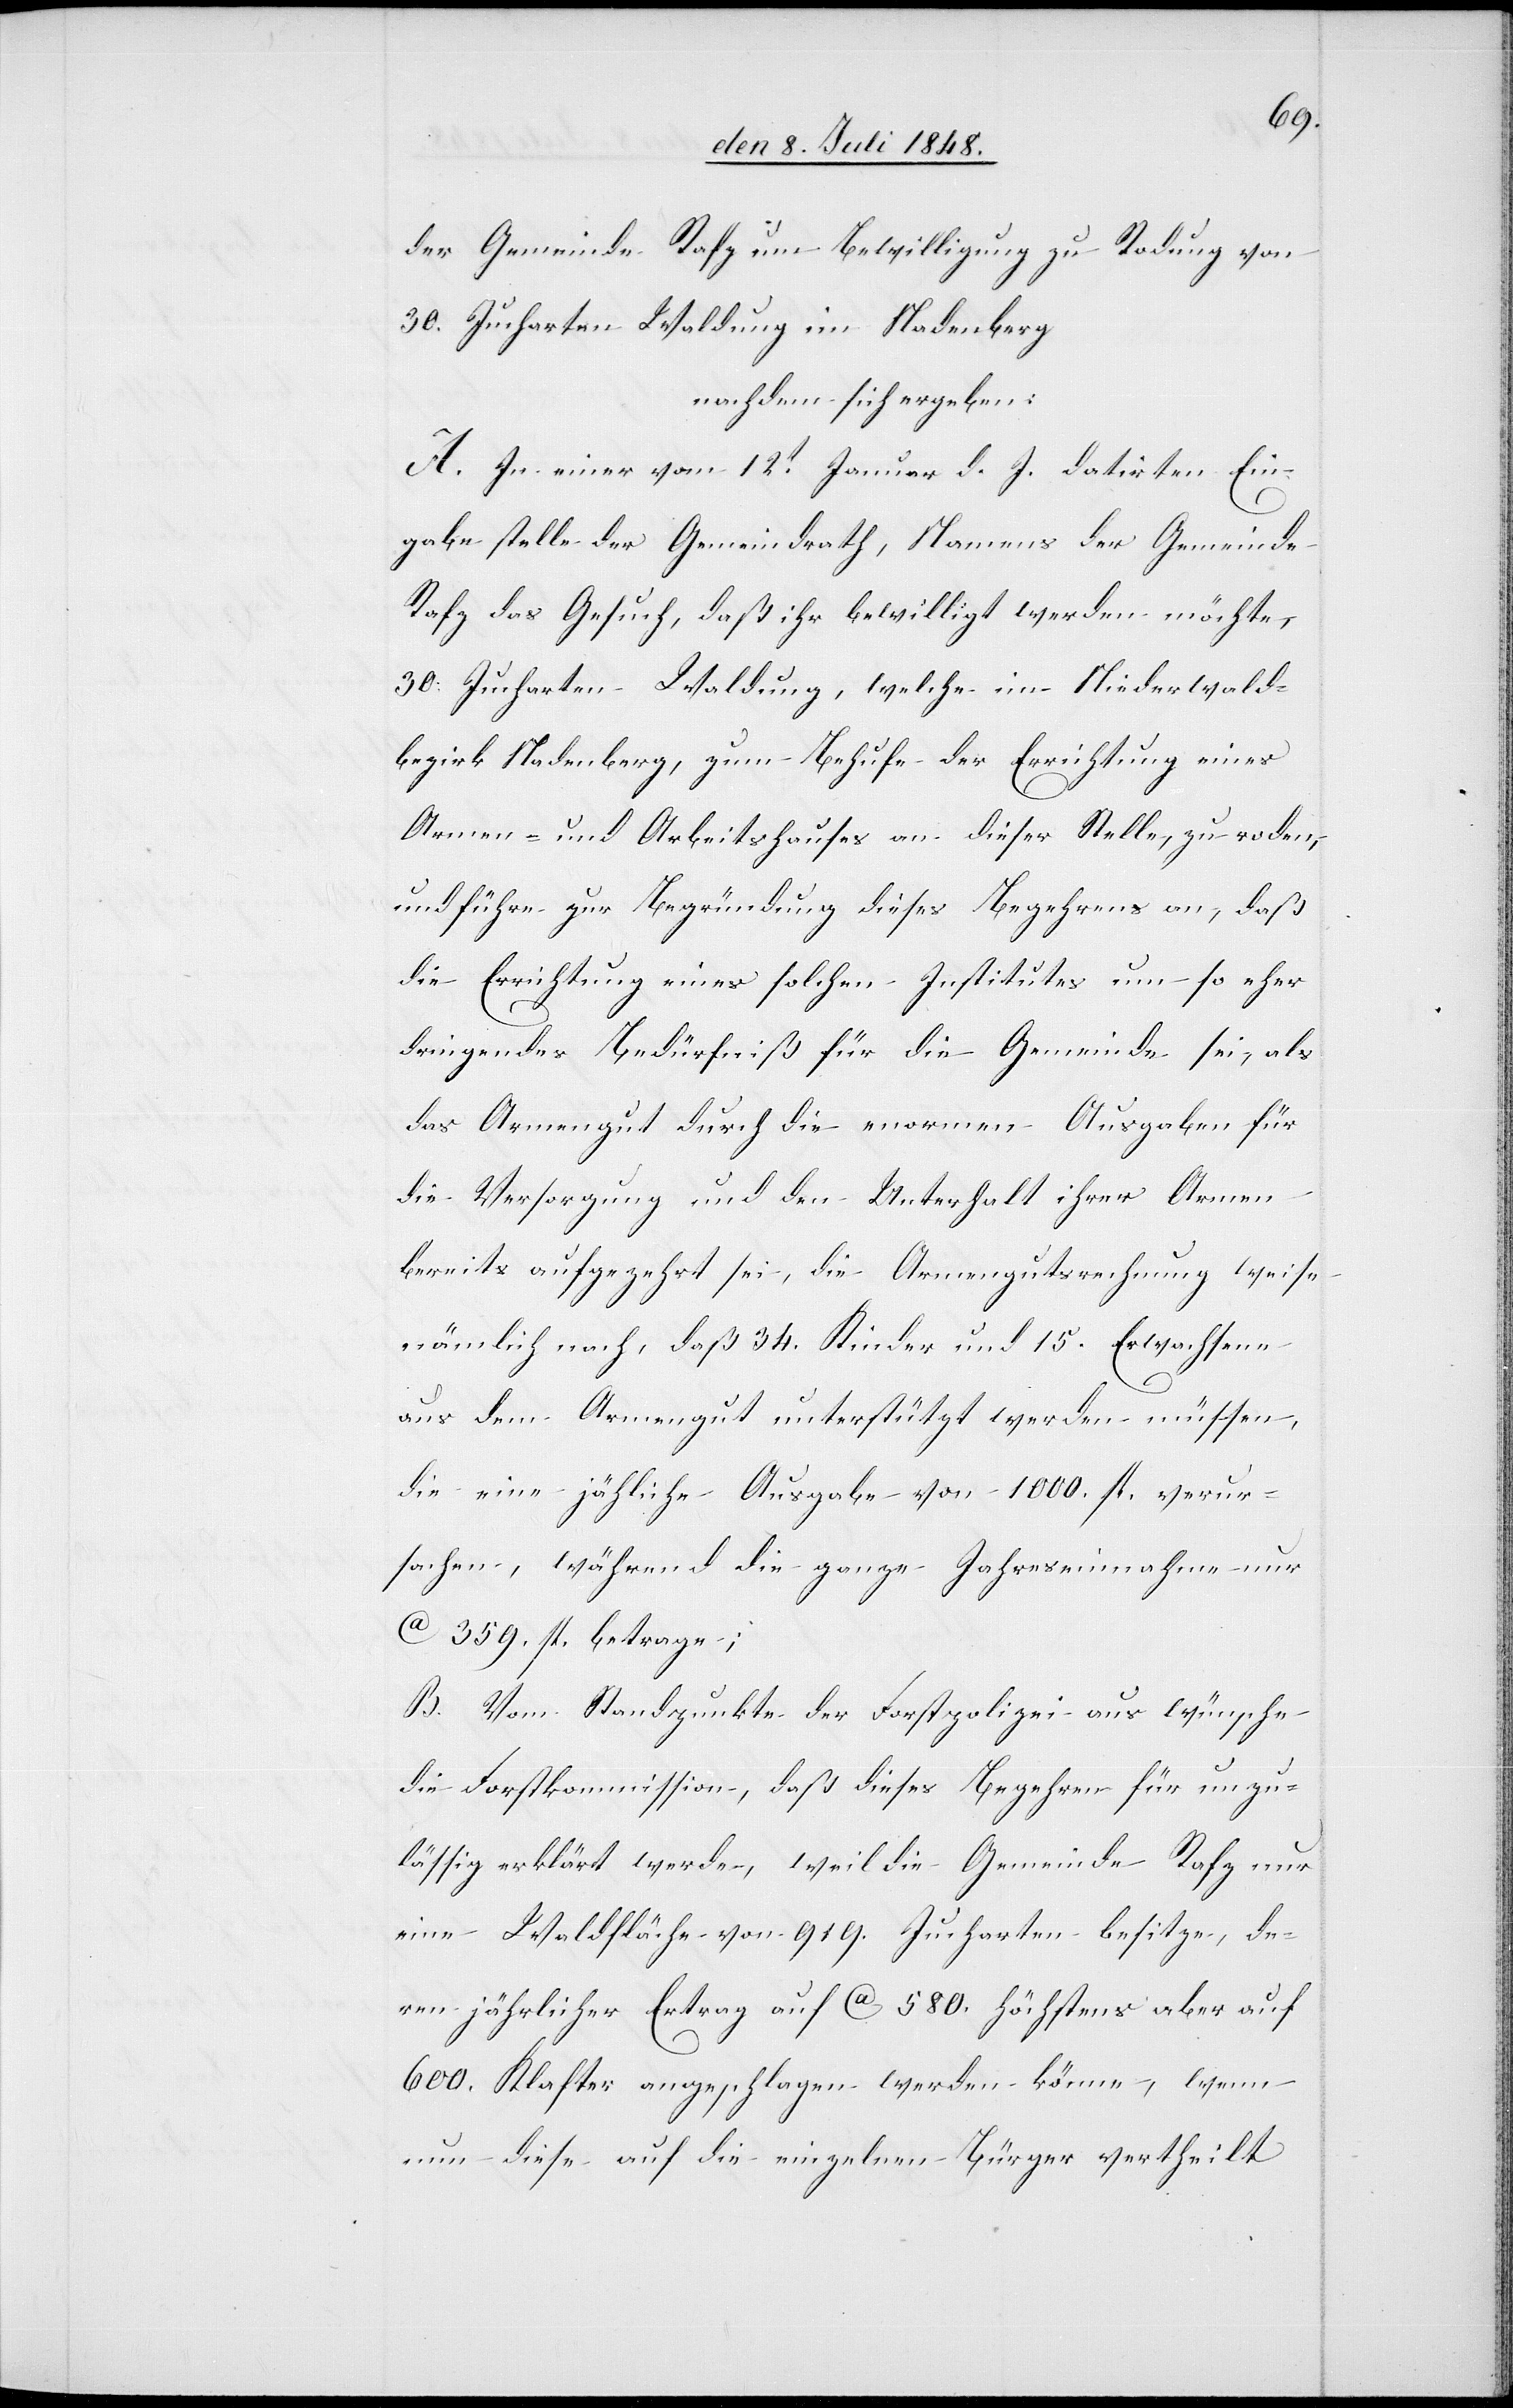
der Gemeinde Rafz um Bewilligung zu Rodung von
30. Jucharten Waldung im Nadenberg
nachdem sich ergeben:
A. In einer vom 12t Januar d. J. datirten Ein¬
gabe stelle der Gemeindrath, Namens der Gemeinde
Rafz das Gesuch, daß ihr bewilligt werden möchte,
30. Jucharten Waldung, welche im Niederwald¬
bezirk Nadenberg, zum Behufe der Errichtung eines
Armen- und Arbeitshauses an dieser Stelle, zu roden,
und führe zur Begründung dieses Begehrens an, daß
die Errichtung eines solchen Instituts um so eher
dringendes Bedürfniß für die Gemeinde sei, als
das Armengut durch die enormen Ausgaben für
die Versorgung und den Unterhalt ihrer Armen
bereits aufgezehrt sei, die Armengutsrechnung weise
nämlich nach, daß 34. Kinder und 15. Erwachsene
aus dem Armengut unterstützt werden müssen,
die eine jäh[r]liche Ausgabe von 1000. fl. verur¬
sachen, während die ganze Jahreseinnahme nur
ca. 359. fl, betrage;
B. vom Standpunkte der Forstpolizei aus wünsche
die Forstkommission, daß dieses Begehren für unzu¬
lässig erklärt werde, weil die Gemeinde Rafz nur
eine Waldfläche von 919. Jucharten besitze, de¬
ren jährlicher Ertrag auf ca. 580. höchstens aber auf
600. Klafter angeschlagen werden könne, wenn
nun diese auf die einzelnen Bürger vertheilt